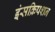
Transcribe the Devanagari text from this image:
इंसक्रिपशन